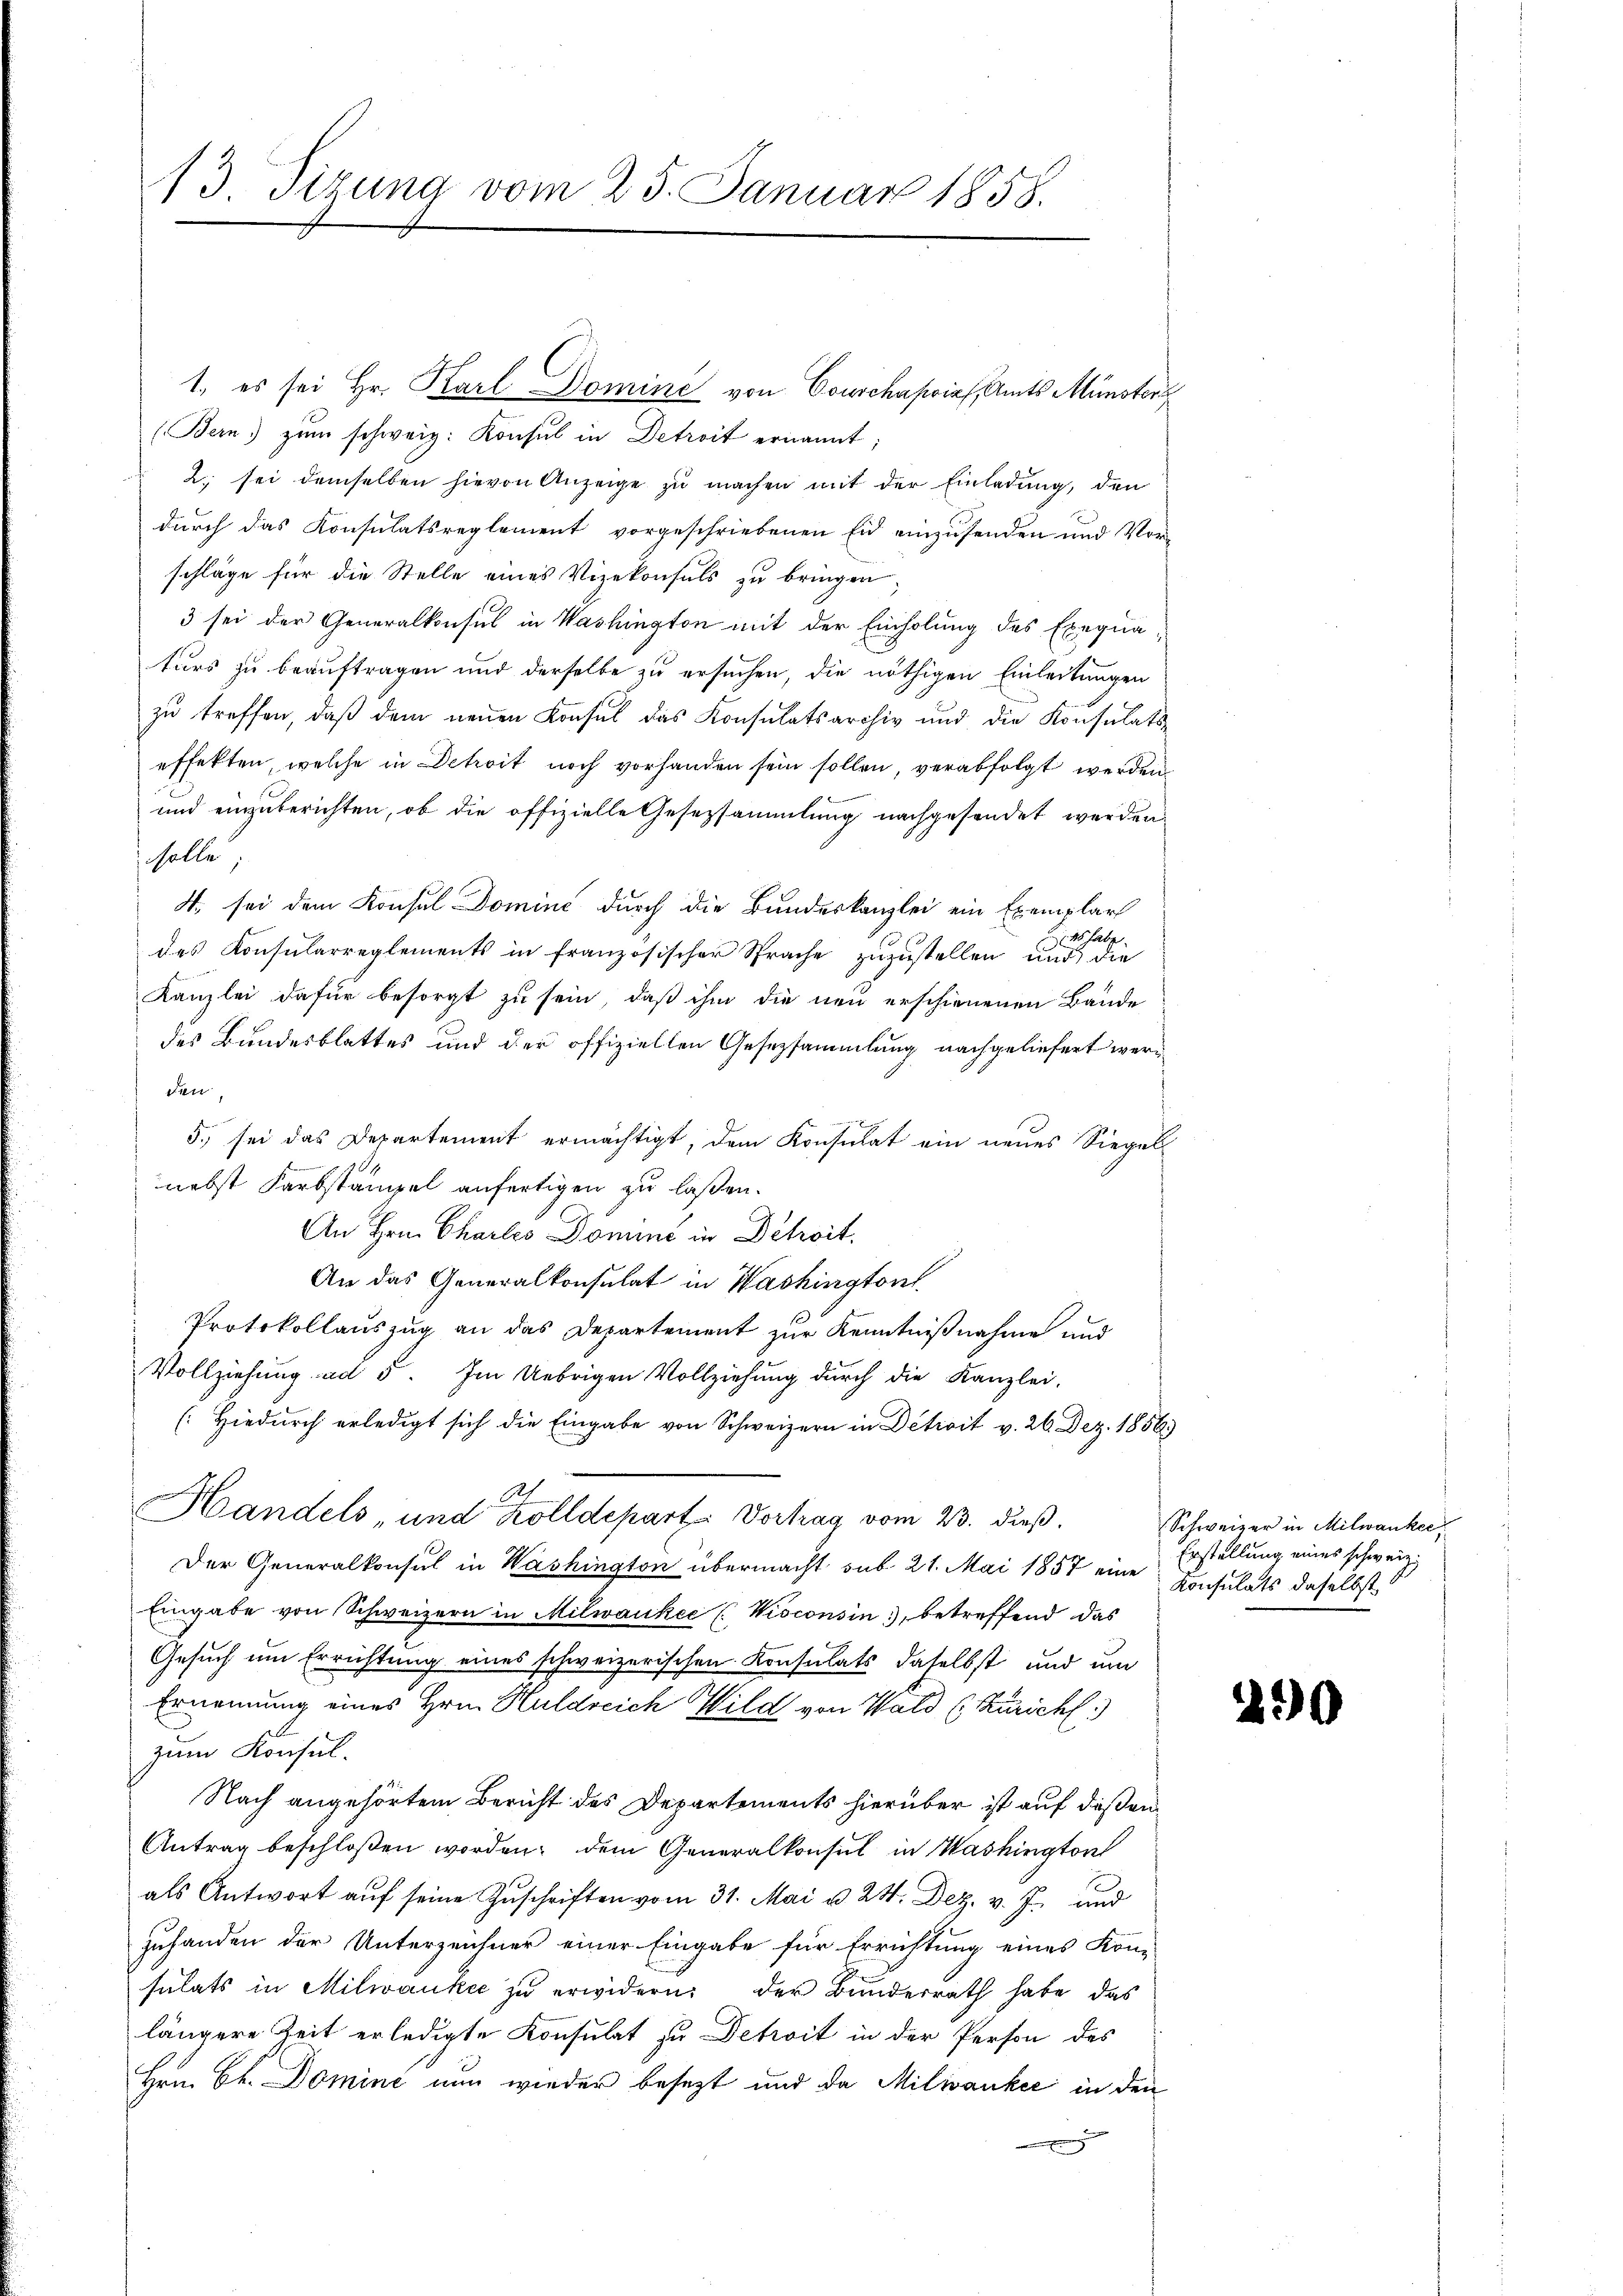
13 Sizung vom 25. Januar 1858.

1. es sei Hr. Karl Domine von Conschasrief, Amts Münsters
(Bern) zum schweiz. Konsul in Detreit ernannt;
2. sei demselben hievon Anzeige zu machen mit der Einladung, den
durch das Konsulatsreglement vorgeschriebenen Eid einzusenden und Vor-
schläge für die Stelle eines Vizekonsuls zu bringen;
3 sei der Generalkonsul in Washington mit der Einholung des Exequa
turs zu beauftragen und derselbe zu ersuchen, die nöthigen Einleitungen
zu treffen, daß dem neuen Konsul das Konsulatsarchiv und die Konsulatseffekten, welche in Detroit noch vorhanden sein sollen, verabfolgt werden
und einzuberichten, ob die offizielle Gesetzsammlung nachgesendet werden,
solle
4. sei dem Konsul Domine durch die Bundeskanzlei ein Exemplars
hatz
F
des Konsularreglements in französischer Sprache zuzustellen und die
Kanzlei dafür besorgt zu sein, daß ihm die neu erschienenen Bände
des Bundesblattes und der offiziellen Gesezsammlung nachgeliefert werden,
5. sei das Departement ermächtigt, dem Konsulat ein neues Siegel
nebst Farbstämpel anfertigen zu laßen.
An Hrn. Charles Domine in Dehoit.
An das Generalkonsulat in Washingtont
Protokollauszug an das Departement zur Kenntnißnahme und
Vollziehung ad 5. Im Uebrigen Vollziehung durch die Kanzlei-
(Hiedurch erledigt sich die Eingabe von Schweizern in Detzit v. 26. Dez. 1856.)
Handels und Kolldeparte Vortrag vom 23. dieß.
Der Generalkonsul in Washington übermacht sub. 21. Mai 1857 eine Consulats daselbst
Eingabe von Schweizern in Milwaukee (Wisconsin, betreffend das
Gesuch um Errichtung eines schweizerischen Konsulats daselbst und um
Ernennung eines Hrn. Huldreich Wild von Wald (Züricht
zum Konsul-
Nach angehörtem Bericht des Departements hierüber ist auf deßen
Antrag beschloßen worden; dem Generalkonsul in Washington
als Antwort auf seine Zuschriften vom 31. Mai u. 24. Dez. v. J. und
zuhanden der Unterzeichner einer Eingabe für Errichtung eines Kon-
sulats in Milwanke zu erwidern: der Bundesrath habe, das
längere Zeit erledigte Konsulat zu Detroit in der Person des
Hrn. Bl. Domine nun wieder besezt und da Milwanke in den

Schweizer in Milwanke
Erstellung eines schweiz.

290